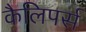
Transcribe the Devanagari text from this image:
कैलिपर्स